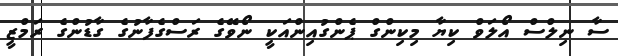
ސާ ނިލްސް އޯލަވް ކިޔާ މިކިންގް ޕެންގުއިންއަކީ ނޯވޭގެ ރަސްގެފާނުގެ ގާޑުންގެ ރަމްޒީ